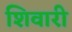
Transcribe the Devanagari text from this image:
शिवारी